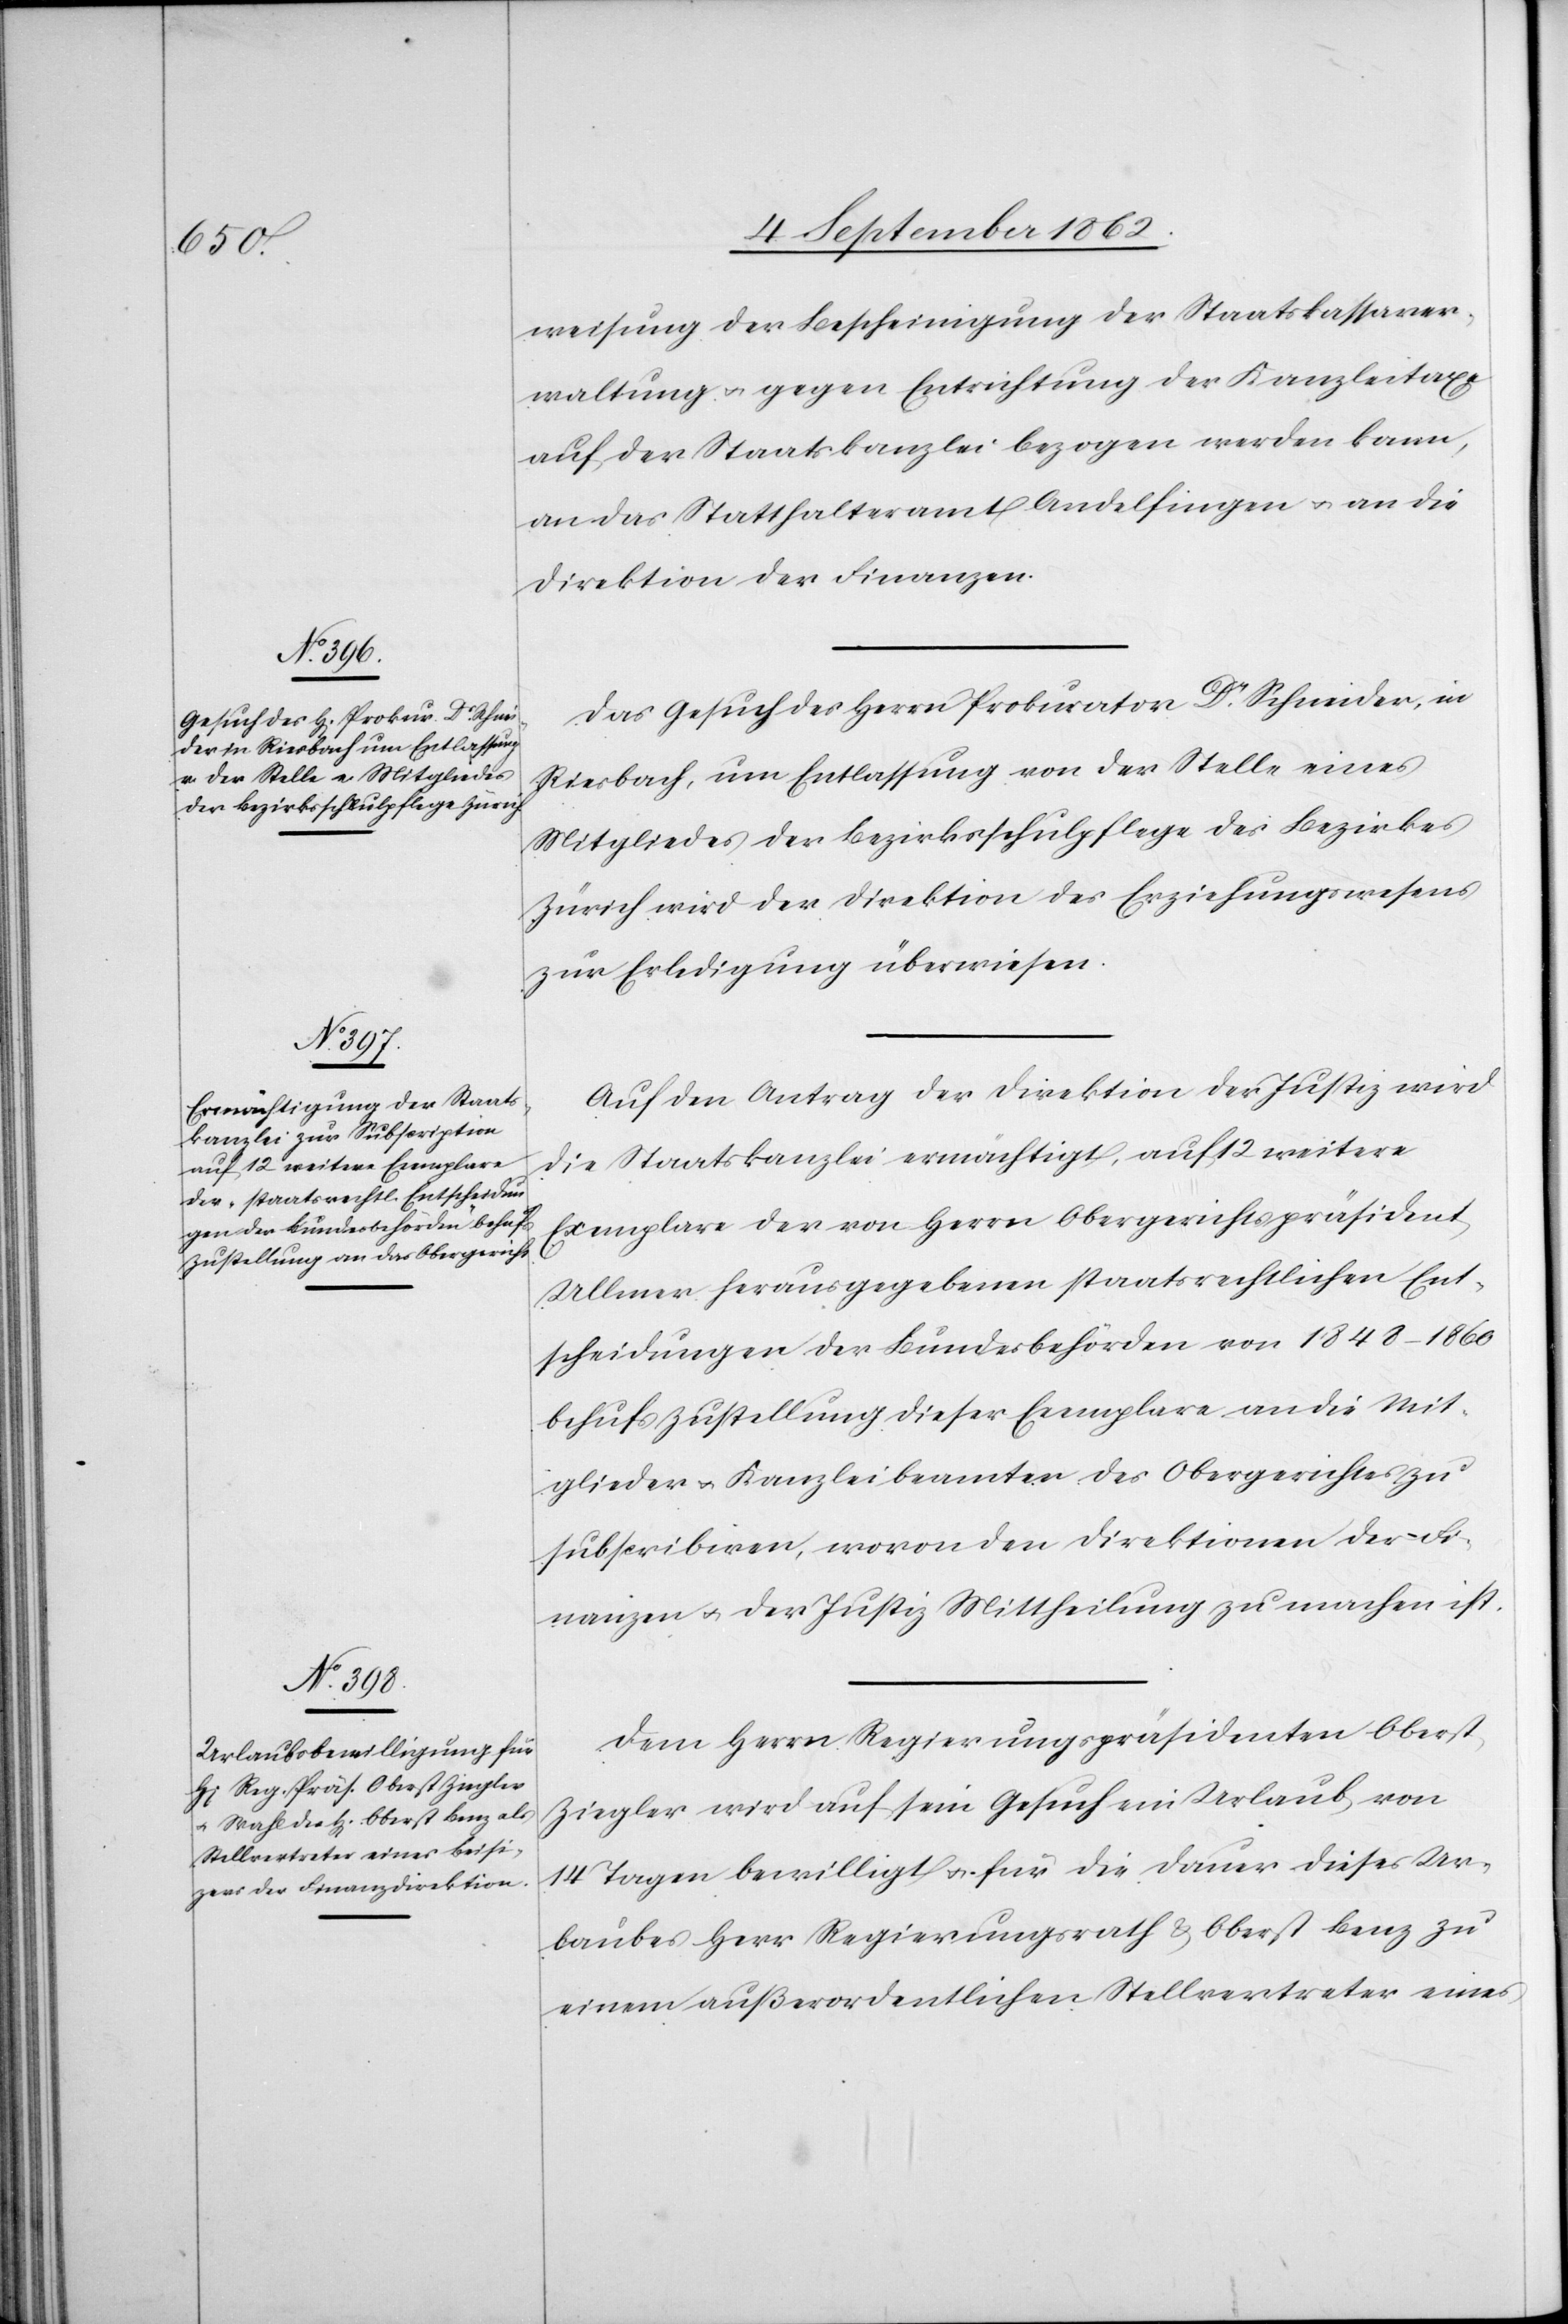
weisung der Bescheinigung der Staatskassaver¬
waltung u. gegen Entrichtung der Kanzleitaxe
auf der Staatskanzlei bezogen werden kann,
an das Statthalteramt Andelfingen u. an die
Direktion der Finanzen.
Das Gesuch des Herrn Prokurator Dr. Schneider, in
Riesbach, um Entlassung von der Stelle eines
Mitgliedes der Bezirksschulpflege des Bezirkes
Zürich wird der Direktion des Erziehungswesens
zur Erledigung überwiesen.
Auf den Antrag der Direktion der Justiz wird
die Staatskanzlei ermächtigt, auf 12 weitere
Exemplare der von Herrn Obergerichtspräsident
Ullmer herausgegebenen staatsrechtlichen Ent¬
schädigungen der Bundesbehörden von 1848–1860
behuf Zustellung dieser Exemplare an die Mit¬
glieder u. Kanzleibeamten des Obergerichtes zu
subscirbiren, wovon den Direktionen der Fi¬
nanzen u. der Justiz Mittheilung zu machen ist.
Dem Herrn Regierungspräsidenten Oberst
Ziegler wird auf sein Gesuch ein Urlaub von
14 Tagen bewilligt u. für die Dauer dieses Ur¬
laubes Herr Regierungsrath u. Oberst Benz zu
einem außerordentlichen Stellvertreter eines